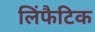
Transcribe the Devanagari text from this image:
लिंफैटिक